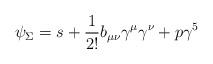
LaTeX: \begin{align*}\psi_\Sigma = s + \frac{1}{2!} b_{\mu\nu} \gamma^\mu \gamma^\nu + p\gamma^5\end{align*}